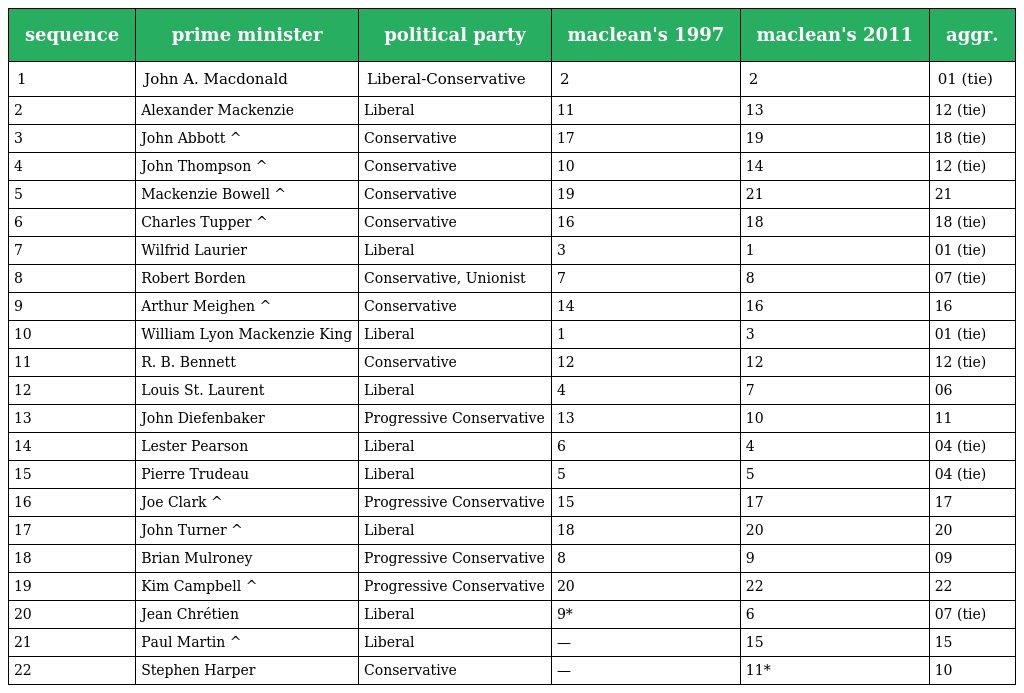
| sequence | prime minister | political party | maclean's 1997 | maclean's 2011 | aggr. |
 | --- | --- | --- | --- | --- | --- |
 | 1 | John A. Macdonald | Liberal-Conservative | 2 | 2 | 01 (tie) |
 | 2 | Alexander Mackenzie | Liberal | 11 | 13 | 12 (tie) |
 | 3 | John Abbott ^ | Conservative | 17 | 19 | 18 (tie) |
 | 4 | John Thompson ^ | Conservative | 10 | 14 | 12 (tie) |
 | 5 | Mackenzie Bowell ^ | Conservative | 19 | 21 | 21 |
 | 6 | Charles Tupper ^ | Conservative | 16 | 18 | 18 (tie) |
 | 7 | Wilfrid Laurier | Liberal | 3 | 1 | 01 (tie) |
 | 8 | Robert Borden | Conservative, Unionist | 7 | 8 | 07 (tie) |
 | 9 | Arthur Meighen ^ | Conservative | 14 | 16 | 16 |
 | 10 | William Lyon Mackenzie King | Liberal | 1 | 3 | 01 (tie) |
 | 11 | R. B. Bennett | Conservative | 12 | 12 | 12 (tie) |
 | 12 | Louis St. Laurent | Liberal | 4 | 7 | 06 |
 | 13 | John Diefenbaker | Progressive Conservative | 13 | 10 | 11 |
 | 14 | Lester Pearson | Liberal | 6 | 4 | 04 (tie) |
 | 15 | Pierre Trudeau | Liberal | 5 | 5 | 04 (tie) |
 | 16 | Joe Clark ^ | Progressive Conservative | 15 | 17 | 17 |
 | 17 | John Turner ^ | Liberal | 18 | 20 | 20 |
 | 18 | Brian Mulroney | Progressive Conservative | 8 | 9 | 09 |
 | 19 | Kim Campbell ^ | Progressive Conservative | 20 | 22 | 22 |
 | 20 | Jean Chrétien | Liberal | 9* | 6 | 07 (tie) |
 | 21 | Paul Martin ^ | Liberal | — | 15 | 15 |
 | 22 | Stephen Harper | Conservative | — | 11* | 10 |